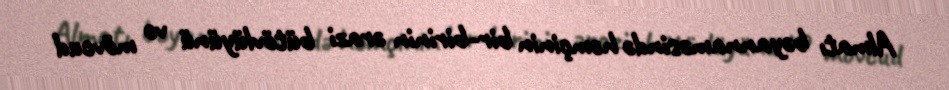
Almatı bəyannaməsində həmçinin bir-birinin ərazi bütövlüyünü və mövcud